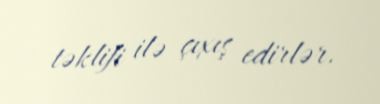
təklifi ilə çıxış edirlər.